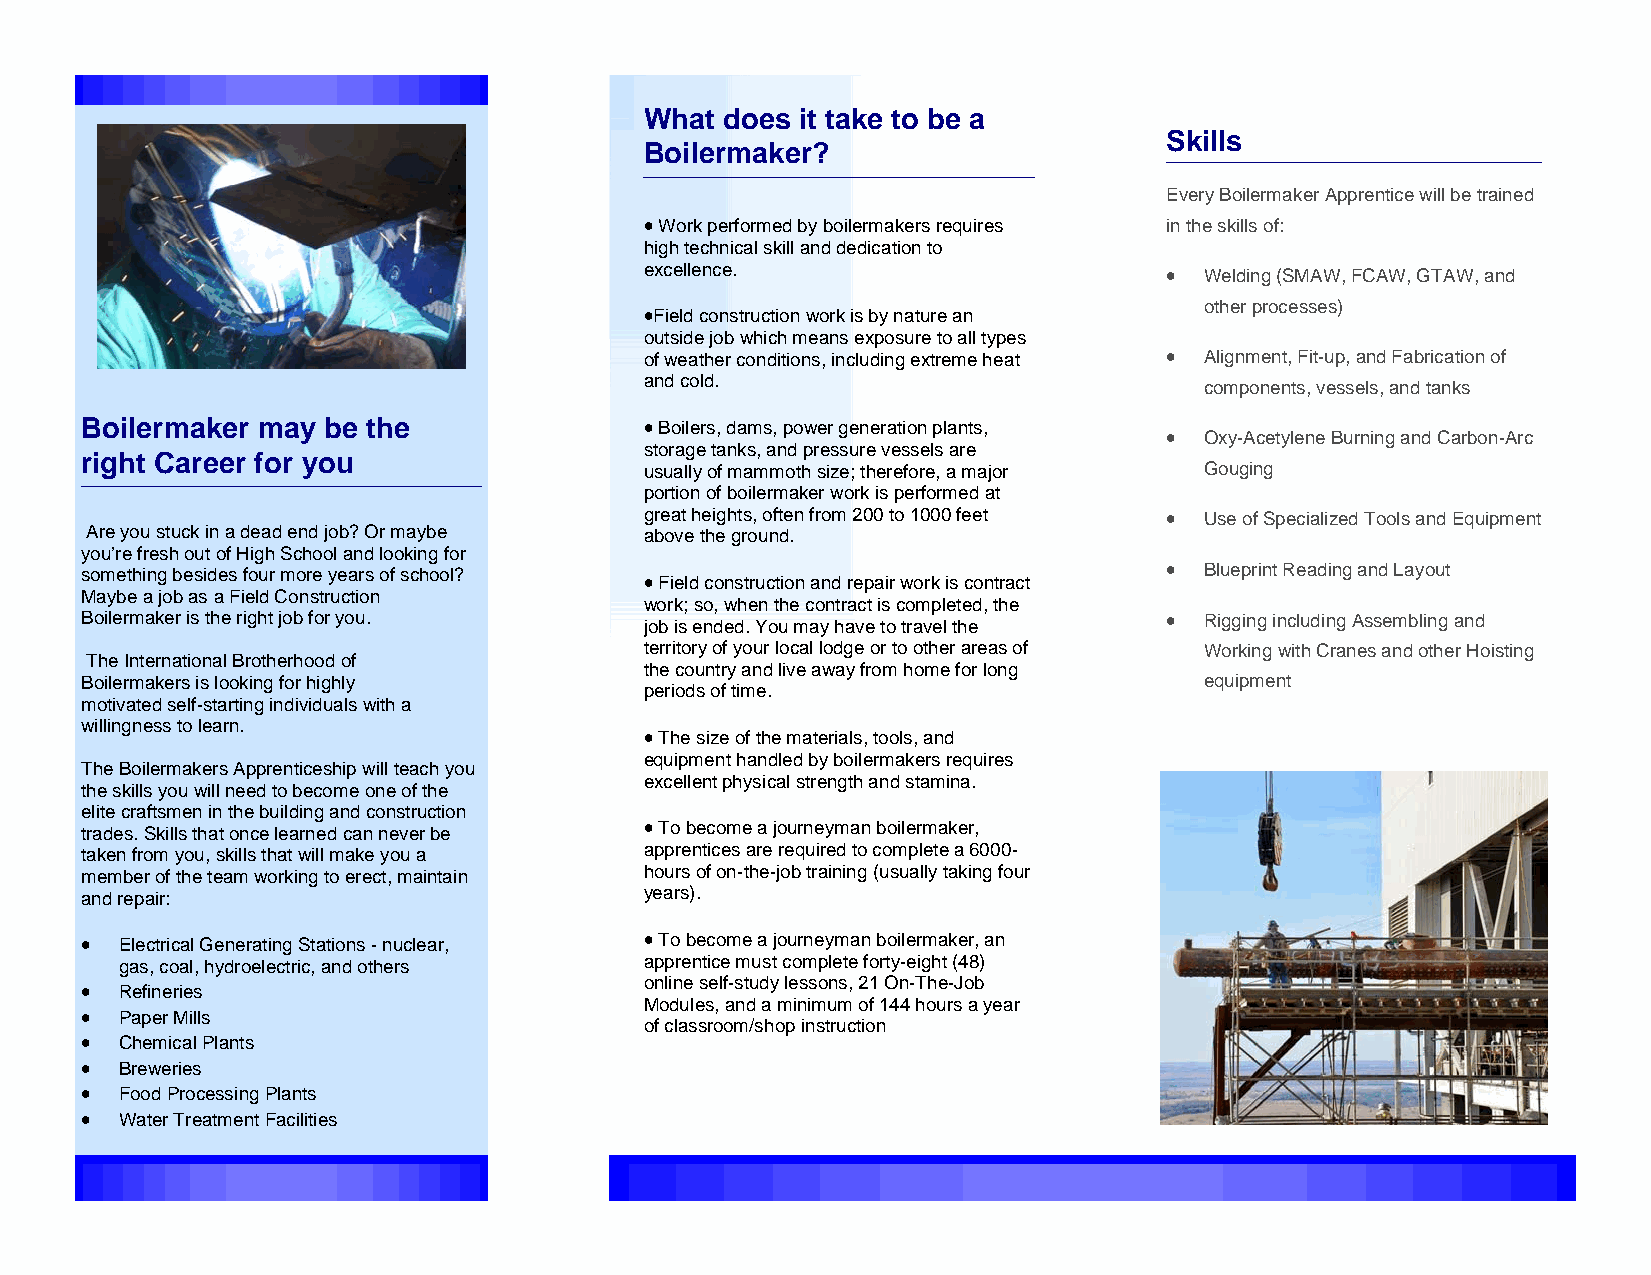
What does it take to be a
 Skills
 Boilermaker?
 Every Boilermaker Apprentice will be trained
  Work performed by boilermakers requires in the skills of:
 high technical skill and dedication to
 excellence.                        Welding (SMAW, FCAW, GTAW, and
 other processes)
 Field construction work is by nature an
 outside job which means exposure to all types
 of weather conditions, including extreme heat  Alignment, Fit-up, and Fabrication of
 and cold.                            components, vessels, and tanks
 Boilermaker may be the                 Boilers, dams, power generation plants,
  Oxy-Acetylene Burning and Carbon-Arc
 storage tanks, and pressure vessels are
 right Career for you
 usually of mammoth size; therefore, a major Gouging
 portion of boilermaker work is performed at
 great heights, often from 200 to 1000 feet  Use of Specialized Tools and Equipment
 Are you stuck in a dead end job? Or maybe above the ground.
 you’re fresh out of High School and looking for
 something besides four more years of school?                             Blueprint Reading and Layout
  Field construction and repair work is contract
 Maybe a job as a Field Construction
 work; so, when the contract is completed, the
 Boilermaker is the right job for you. job is ended. You may have to travel the  Rigging including Assembling and
 territory of your local lodge or to other areas of Working with Cranes and other Hoisting
 The International Brotherhood of
 the country and live away from home for long
 Boilermakers is looking for highly                                         equipment
 periods of time.
 motivated self-starting individuals with a
 willingness to learn.
  The size of the materials, tools, and
 equipment handled by boilermakers requires
 The Boilermakers Apprenticeship will teach you
 excellent physical strength and stamina.
 the skills you will need to become one of the
 elite craftsmen in the building and construction
 trades. Skills that once learned can never be  To become a journeyman boilermaker,
 taken from you, skills that will make you a apprentices are required to complete a 6000-
 member of the team working to erect, maintain hours of on-the-job training (usually taking four
 and repair:                           years).
  Electrical Generating Stations - nuclear,  To become a journeyman boilermaker, an
 gas, coal, hydroelectric, and others apprentice must complete forty-eight (48)
 online self-study lessons, 21 On-The-Job
  Refineries
 Modules, and a minimum of 144 hours a year
  Paper Mills
 of classroom/shop instruction
  Chemical Plants
  Breweries
  Food Processing Plants
  Water Treatment Facilities